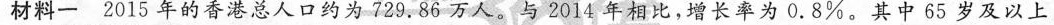
材料一2015年的香港总人口约为729.86万人。与2014年相比，增长率为0.8%。其中65岁及以上